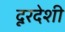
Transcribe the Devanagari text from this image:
दूरदेशी